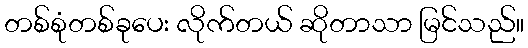
တစ်စုံတစ်ခုပေး လိုက်တယ် ဆိုတာသာ မြင်သည်။